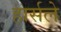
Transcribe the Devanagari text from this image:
हार्सले